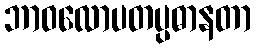
ဘာဝလောပတပ္ပဓာနတာ